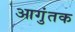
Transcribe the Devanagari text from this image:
आगुंतक